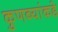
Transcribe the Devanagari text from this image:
कुणब्यांकडे